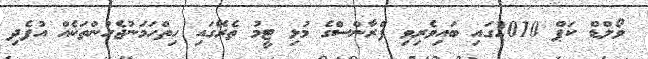
ވޯލްޑް ކަޕް 2010ގައި ބައިވެރިވި ފްރާންސްގެ މުޅި ޓީމު ތެރޭގައި ހިތްހަމަނުޖެހުންތަކެއް އުފެދި